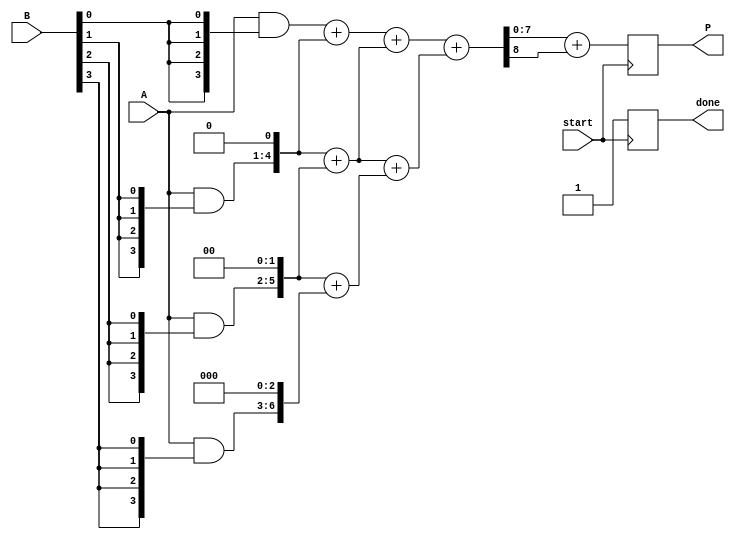
module async_wallace_tree_multiplier #(parameter N = 4) (
    input [N-1:0] A,
    input [N-1:0] B,
    output reg [2*N-1:0] P,
    input start,
    output reg done
);

    reg [N-1:0] partial_products[N-1:0];
    reg [2*N-1:0] sum_stage [N-1:0];
    reg [N:0] carry_stage [N-1:0];
    integer i, j;

    // Partial Product Generation
    always @(*) begin
        for (i = 0; i < N; i = i + 1) begin
            partial_products[i] = A & {N{B[i]}};
        end
    end

    // Wallace Tree Reduction
    always @(posedge start) begin
        done = 0;

        // Initial stage: load partial products
        for (i = 0; i < N; i = i + 1) begin
            sum_stage[i] = {partial_products[i], i'b0}; // Shift partial products
            carry_stage[i] = 0;
        end

        // Wallace Tree Reduction Process
        for (i = 0; i < N-1; i = i + 1) begin
            for (j = 0; j < (N-i-1); j = j + 1) begin
                {carry_stage[j], sum_stage[j]} = sum_stage[j] + sum_stage[j+1];
            end
        end

        // Final addition
        P = sum_stage[0] + carry_stage[0];

        // Signal completion
        done = 1;
    end

endmodule